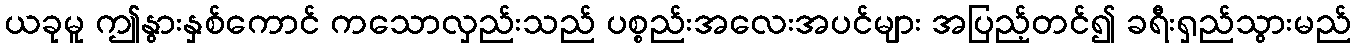
ယခုမူ ဤနွားနှစ်ကောင် ကသောလှည်းသည် ပစ္စည်းအလေးအပင်များ အပြည့်တင်၍ ခရီးရှည်သွားမည်